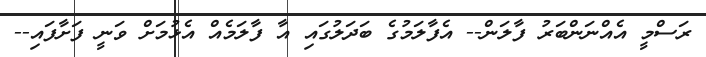
ރަސްމީ އެއްނަންބަރު ފާލަން-- އެފާލަމުގެ ބަދަލުގައި އާ ފާލަމެއް އެޅުމަށް ވަނީ ފަށާފައި--